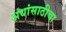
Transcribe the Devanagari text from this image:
अंधांसाठीचा